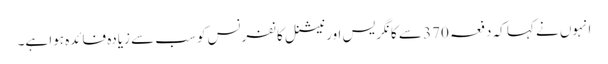
انہوں نے کہا کہ دفعہ 370 سے کانگریس اور نیشنل کانفرنس کو سب سے زیادہ فائدہ ہوا ہے۔